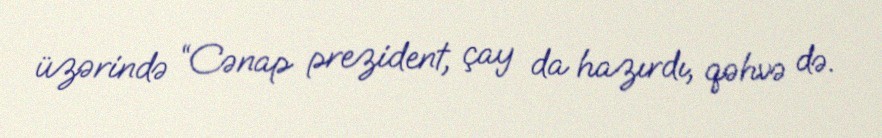
üzərində “Cənap prezident, çay da hazırdı, qəhvə də.